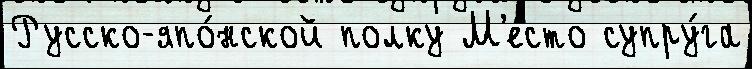
Русско-япо́нской полку М'е́сто супру́га